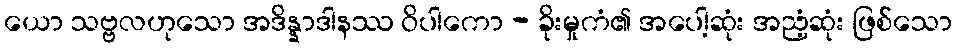
ယော သဗ္ဗလဟုသော အဒိန္နာဒါနဿ ဝိပါကော - ခိုးမှုကံ၏ အပေါ့ဆုံး အညံ့ဆုံး ဖြစ်သော